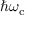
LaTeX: \hbar \omega _ { \mathrm { { c } } }